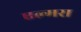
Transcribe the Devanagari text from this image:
एल्मस